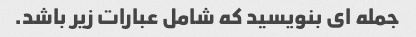
جمله ای بنویسید که شامل عبارات زیر باشد.